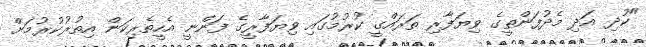
"ކުދި އަދި މެދުފަންތީގެ ވިޔަފާރި ތަރައްގީ ކުރުމުގައި ވިޔަފާރީގެ ފަންނީ އެހީތެރިކަން އިތުރުކުރުމަށް